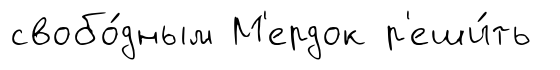
свобо́дным М'ердок р'еши́ть